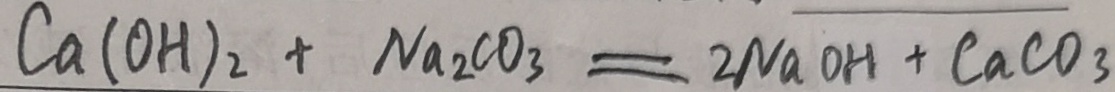
C a ( O H ) _ { 2 } + N a _ { 2 } C O _ { 3 } = 2 N a O H + C a C O _ { 3 }